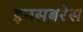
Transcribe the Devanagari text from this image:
इनसबरेस